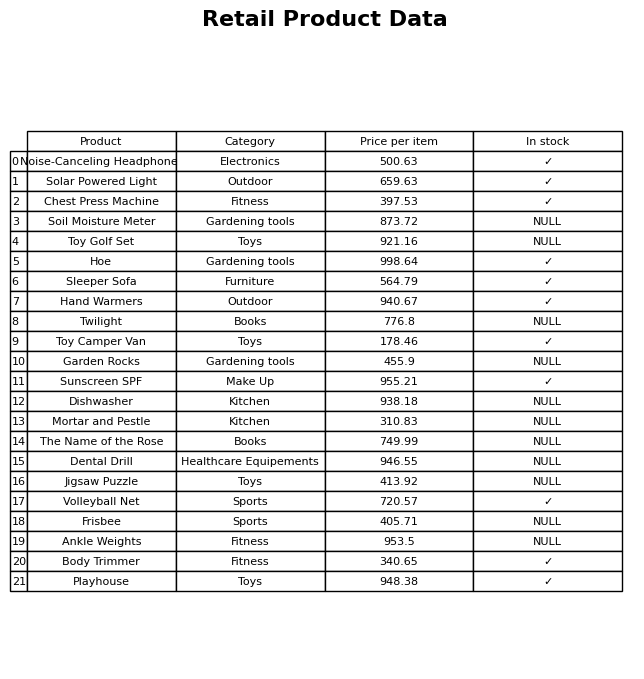
question: Which products are available in stock?
answer: Noise-Canceling Headphones, Solar Powered Light, Chest Press Machine, Hoe, Sleeper Sofa, Hand Warmers, Toy Camper Van, Sunscreen SPF, Volleyball Net, Body Trimmer, Playhouse